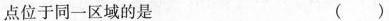
点位于同一区域的是 ()